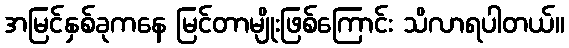
အမြင်နှစ်ခုကနေ မြင်တာမျိုးဖြစ်ကြောင်း သိလာရပါတယ်။